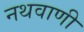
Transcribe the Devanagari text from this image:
नथवाणी